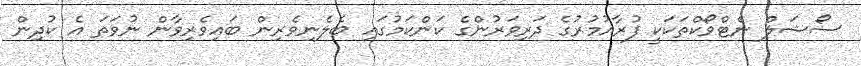
ސޯޝަލް ނެޓްވޯކްތަކަކީ ފުރާއުމުރުގެ ދަރިވަރުންގެ ކަންކަމުގައި ބެލެނިވެރިން ބައިވެރިވާން ނުވަތަ އެ ކުދިން